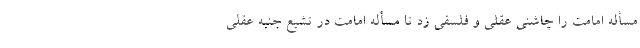
مسأله امامت را چاشنی عقلی و فلسفی زد تا مسأله امامت در تشیع جنبه عقلی